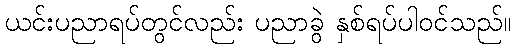
ယင်းပညာရပ်တွင်လည်း ပညာခွဲ နှစ်ရပ်ပါဝင်သည်။